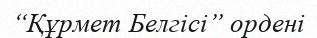
“Құрмет Белгісі” ордені